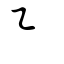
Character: ㇅